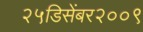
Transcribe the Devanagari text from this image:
२५डिसेंबर२००९